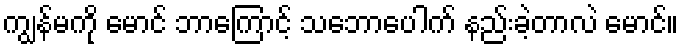
ကျွန်မကို မောင် ဘာကြောင့် သဘောပေါက် နည်းခဲ့တာလဲ မောင်။